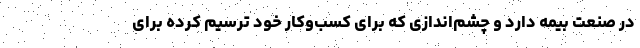
در صنعت بیمه دارد و چشم‌اندازی که برای کسب‌وکار خود ترسیم کرده برای